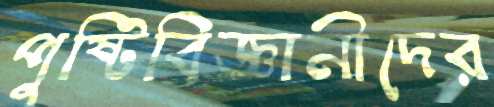
পুষ্টিবিজ্ঞানীদের